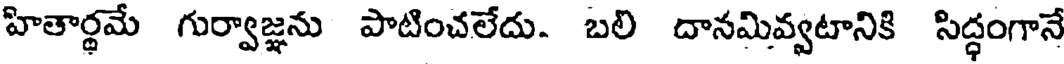
హితార్థమే గుర్వాజ్ఞను పాటించలేదు. బలి దానమివ్వటానికి సిద్ధంగానే